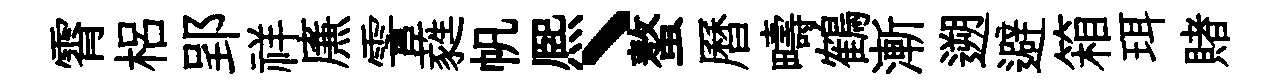
霄梠郢祥㢘霅蕤帆熈丶螯曆疇鶴漸遡避箱珥賭